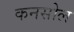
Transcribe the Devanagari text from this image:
कनसोल